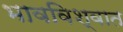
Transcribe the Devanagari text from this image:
भावविश्‍वात